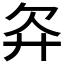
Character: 𬅝